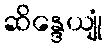
ဆိန္ဒေယျုံ